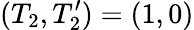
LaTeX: (T_{2},T_{2}^{\prime})=(1,0)